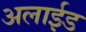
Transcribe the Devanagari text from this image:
अलाईड